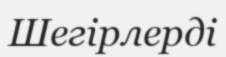
Шегірлерді